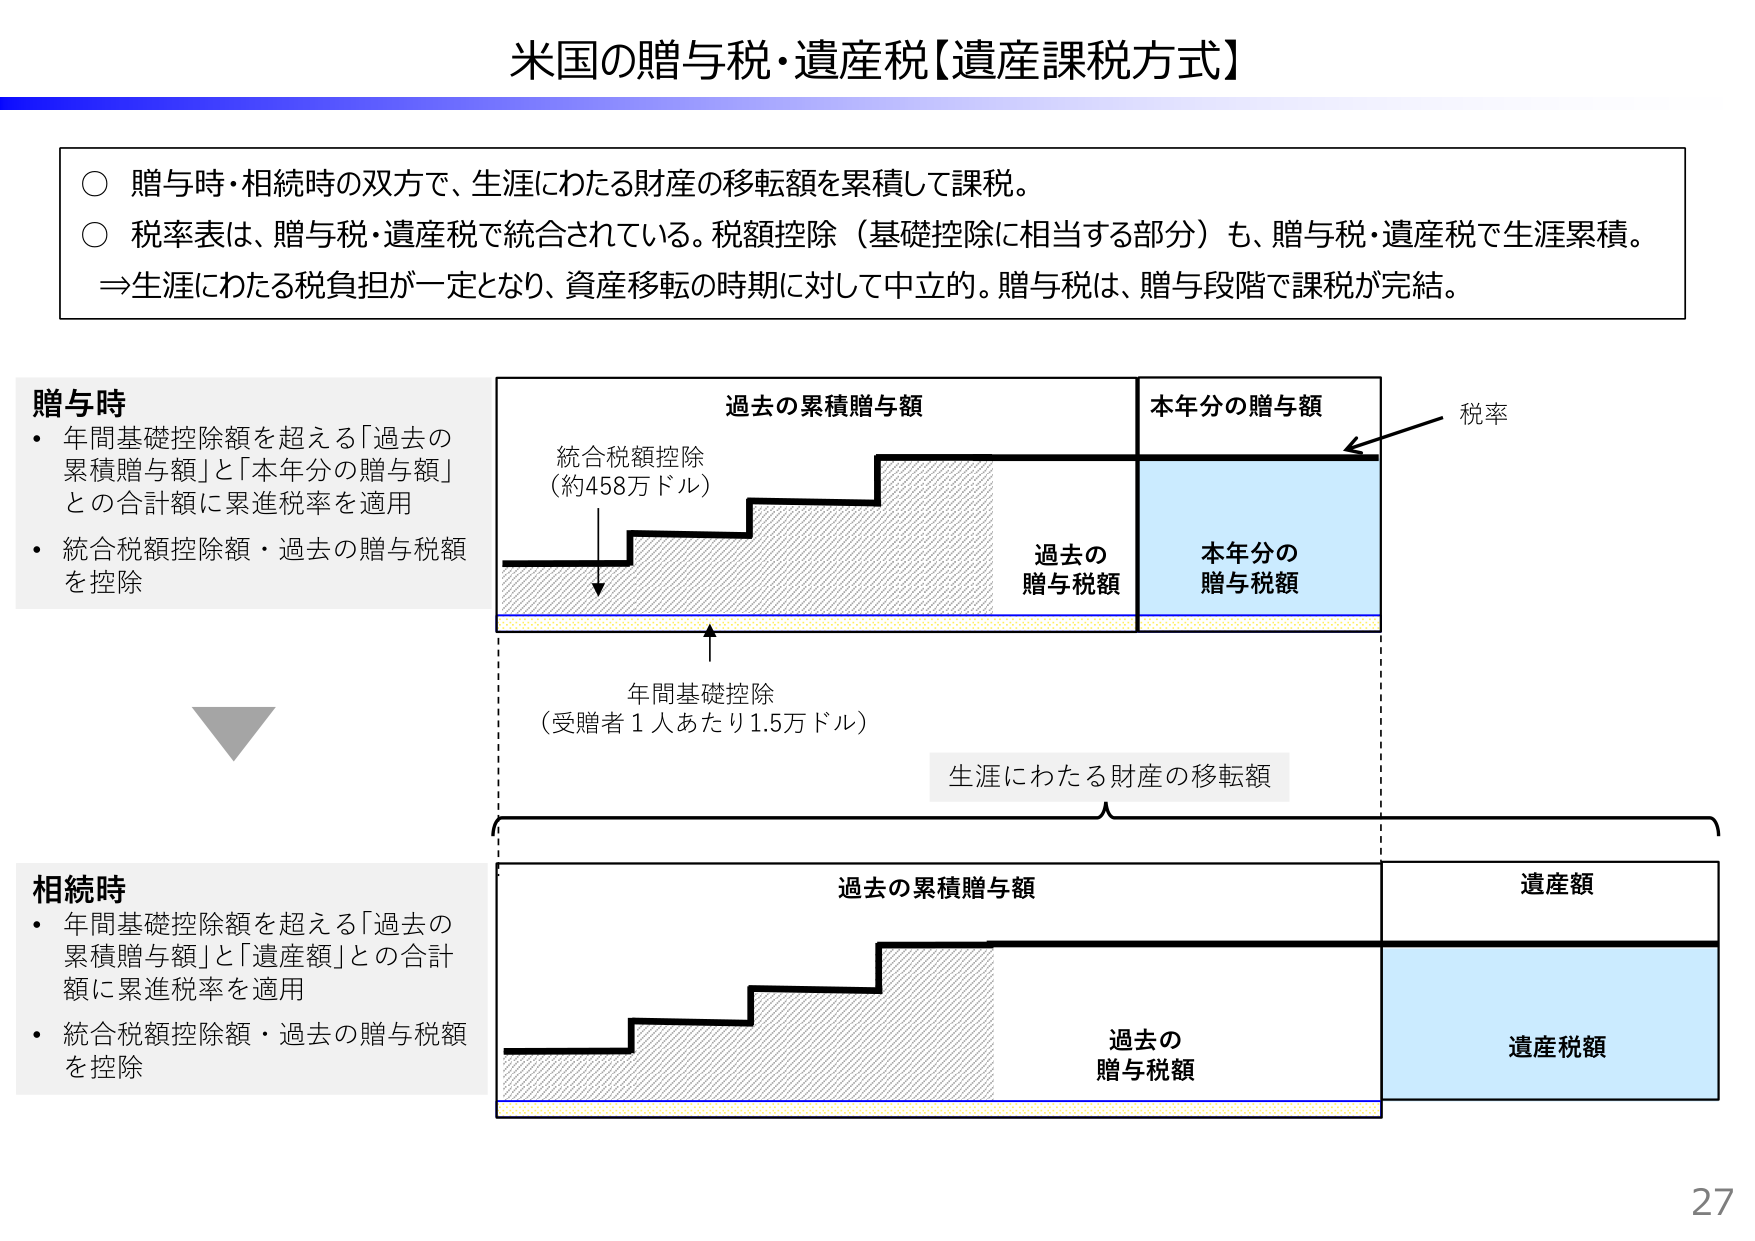
米国の贈与税・遺産税【遺産課税方式】

○ 贈与時・相続時の双方で、生涯にわたる財産の移転額を累積して課税。
○ 税率表は、贈与税・遺産税で統合されている。税額控除（基礎控除に相当する部分）も、贈与税・遺産税で生涯累積。
⇒生涯にわたる税負担が一定となり、資産移転の時期に対して中立的。贈与税は、贈与段階で課税が完結。

贈与時
・ 年間基礎控除額を超える「過去の累積贈与額」と「本年分の贈与額」との合計額に累進税率を適用
・ 統合税額控除額・過去の贈与税額を控除

過去の累積贈与額
統合税額控除
（約458万ドル）

本年分の贈与額
税率

過去の贈与税額
本年分の贈与税額

年間基礎控除
（受贈者1人あたり1.5万ドル）

生涯にわたる財産の移転額

相続時
・ 年間基礎控除額を超える「過去の累積贈与額」と「遺産額」との合計額に累進税率を適用
・ 統合税額控除額・過去の贈与税額を控除

過去の累積贈与額
遺産額

過去の贈与税額
遺産税額

27